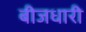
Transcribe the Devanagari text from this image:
बीजधारी